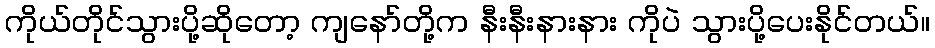
ကိုယ်တိုင်သွားပို့ဆိုတော့ ကျနော်တို့က နီးနီးနားနား ကိုပဲ သွားပို့ပေးနိုင်တယ်။